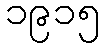
၁၉၁၅